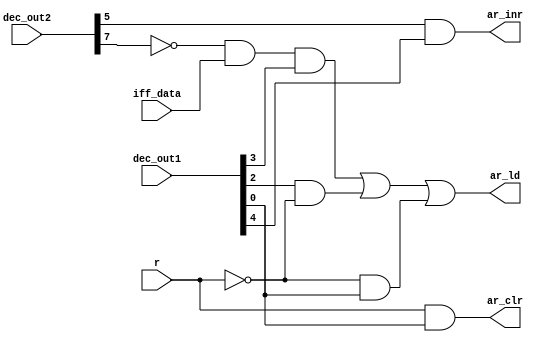

module ControlUnit_ar(dec_out1, dec_out2, iff_data, r, ar_ld, ar_inr, ar_clr);

input [7:0] dec_out1, dec_out2;
input iff_data, r;
output ar_ld, ar_inr, ar_clr;

wire d7_not, r_not;
wire w1,w2,w3;

not(d7_not, dec_out2[7]);
not(r_not, r);

and(w1, d7_not, iff_data, dec_out1[3]);
and(w2, dec_out1[2], r_not);
and(w3, r_not, dec_out1[0]);
or(ar_ld, w1, w2, w3);

and(ar_inr, dec_out2[5], dec_out1[4]);

and(ar_clr, r, dec_out1[0]);

endmodule